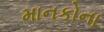
માનકોના